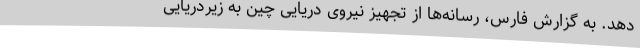
دهد. به گزارش فارس، رسانه‌ها از تجهیز نیروی دریایی چین به زیردریایی